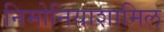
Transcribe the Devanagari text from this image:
निमोनियाशामिल